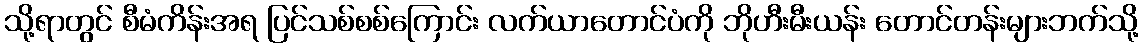
သို့ရာတွင် စီမံကိန်းအရ ပြင်သစ်စစ်ကြောင်း လက်ယာတောင်ပံကို ဘိုဟီးမီးယန်း တောင်တန်းများဘက်သို့